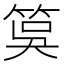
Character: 筽